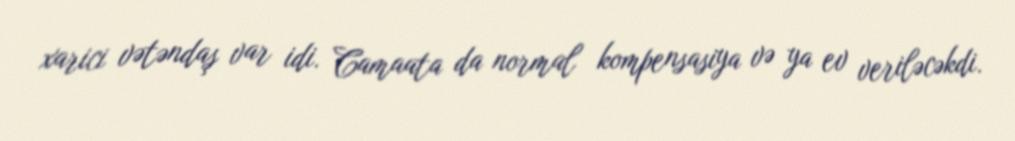
xarici vətəndaş var idi. Camaata da normal kompensasiya və ya ev veriləcəkdi.